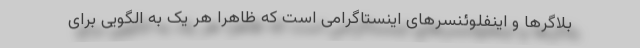
بلاگرها و اینفلوئنسرهای اینستاگرامی است که ظاهرا هر یک به الگویی برای